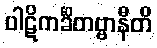
ပါဋိကင်္ခိတဗ္ဗာနီတိ